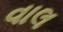
વાલ